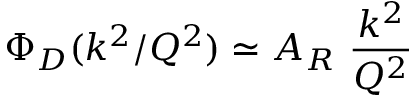
\Phi _ { D } ( k ^ { 2 } / Q ^ { 2 } ) \simeq A _ { R } \ { \frac { k ^ { 2 } } { Q ^ { 2 } } }